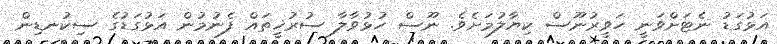
އަޅުގަޑު ނެޓަށްވަނީ ހަވީރުނޫސް ކިޔާލުމަށެވެ. ނޫސް ހުޅުވާލާ ސުރުޚީތައް ފެނުމުން އަޅުގަޑުގެ ސިކުނޑިން